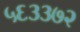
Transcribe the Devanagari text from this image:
५६३३७२